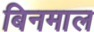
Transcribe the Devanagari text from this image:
बिनमाल